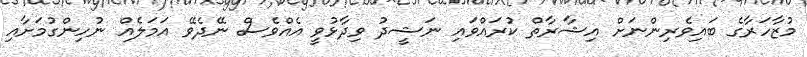
މުޒާހަރާގެ ބައިވެރިންނަށް އިޝާރާތް ކުރައްވައި ނަޝީދު ވިދާޅުވީ އެއްވެސް ނޭދެވޭ އަމަލެއް ނުހިންގުމަށާއި